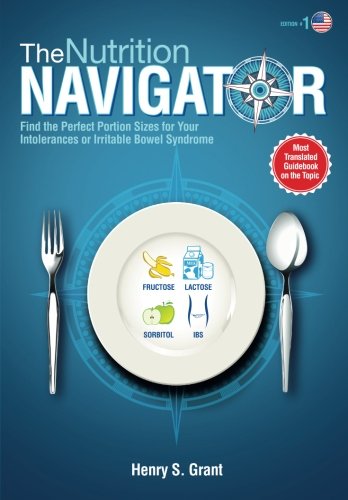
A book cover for The NUTRITION NAVIGATOR [US]: Find the Perfect Portion Sizes for Your Fructose, Lactose and/or Sorbitol Intolerance or Irritable Bowel Syndrome; Henry S. Grant; Health, Fitness & Dieting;